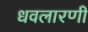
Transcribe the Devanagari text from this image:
धवलारणी